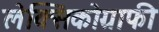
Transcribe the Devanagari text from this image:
लेक्सिकोग्राफी